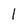
Character: l